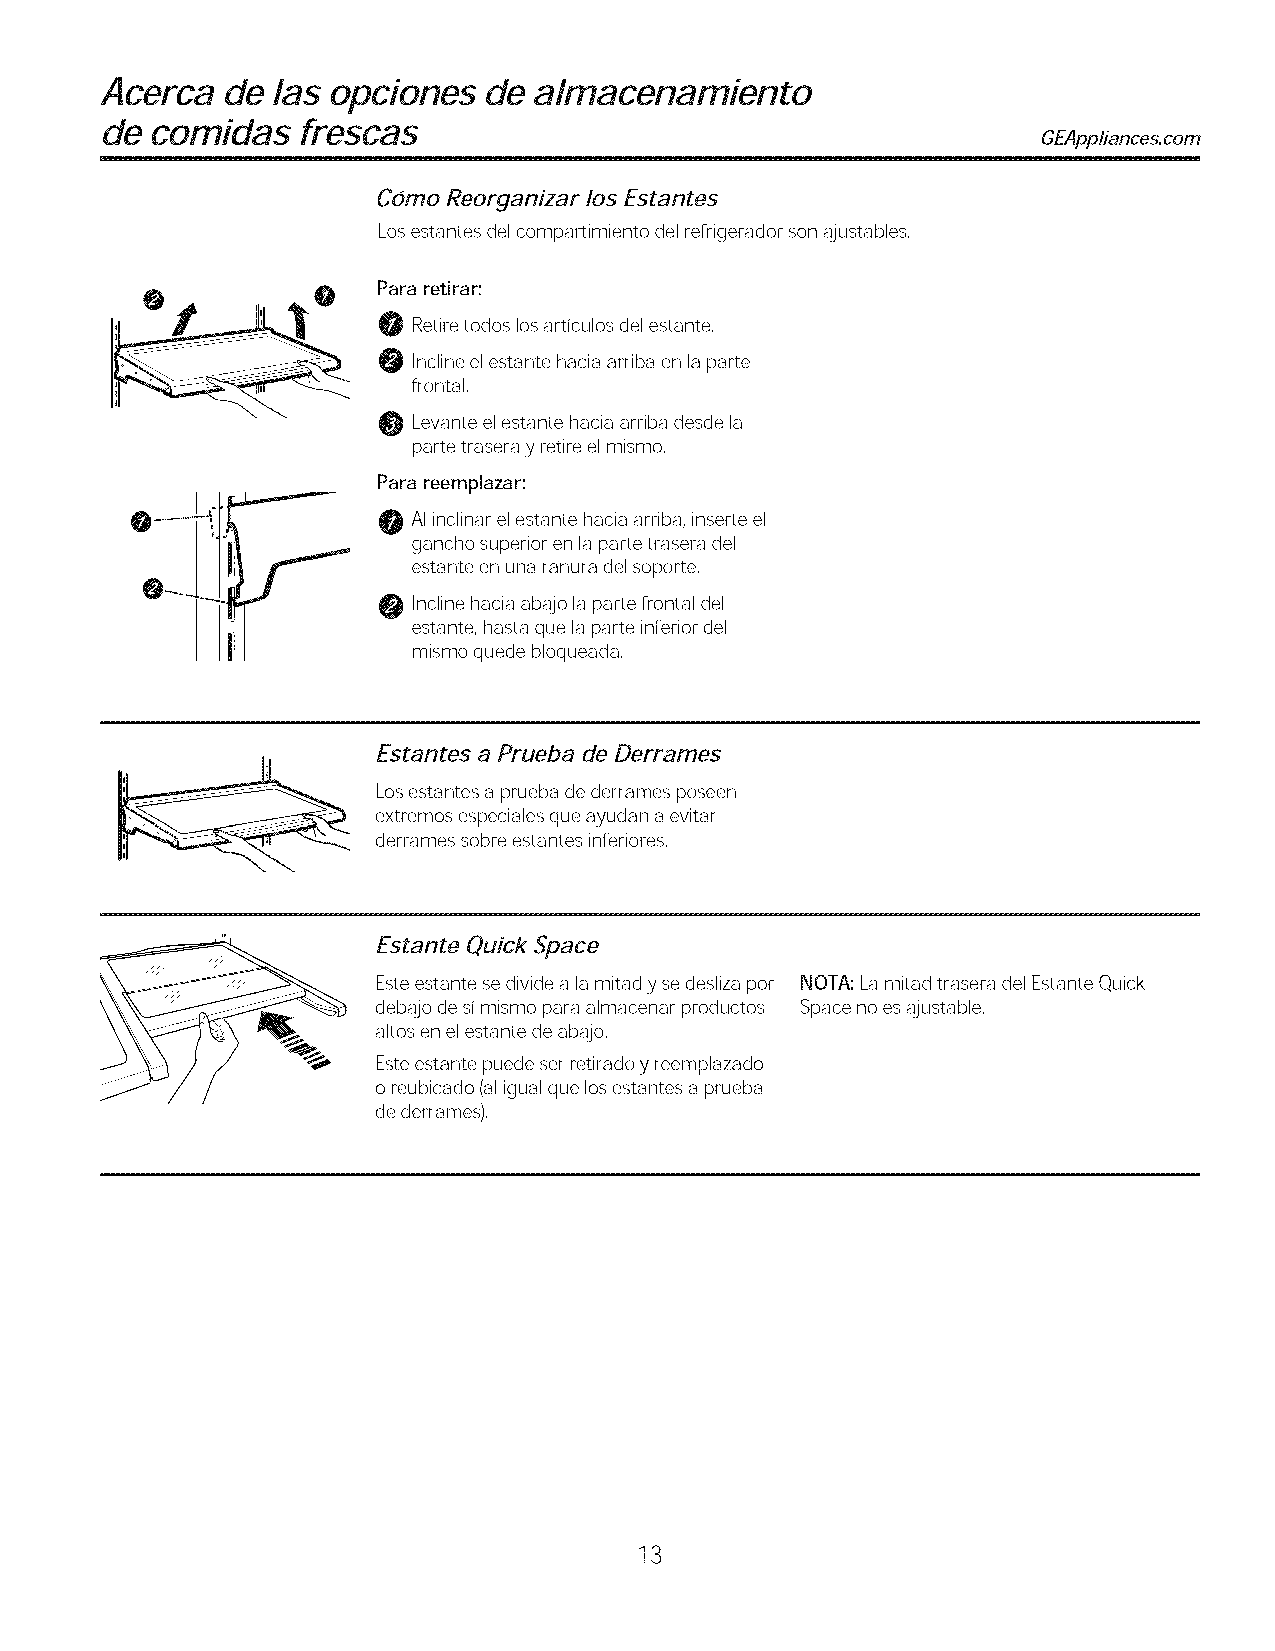
Acerca  de las opciones  de almacenamiento
 de comidas   frescas
 GEAppliances.com
 Cdmo Reorganizar los Estantes
 Los estantes del compartimiento del refrigerador son ajustables,
 Para retirar:
 0 Retiretodos losarticulos del estante,
 Incline elestante hacia arriba en laparte
 frontal,
 Levante elestante hacia arriba desde la
 parte trasera yretire elmismo,
 Para reemplazar:
 1                AIinclinar elestante hacia arriba, inserte el
 gancho superior en laparte trasera del
 estante en una ranura del soporte,
 Incline hacia abajo laparte frontal del
 estante, basra que la parte inferior del
 mismo quede bloqueada,
 Estantes a Prueba de Derrames
 Los estantes a prueba de derrames poseen
 extremos especiales que ayudan aevitar
 derrames sobre estantes inferiores,
 Estante Quick Space
 Esteestante se divide a lamitad y sedesliza por NOTA:LamitadtraseradelEstanteQuick
 debajo de si mismo para almacenar productos Spacenoesajustable,
 altos en elestante de abajo,
 Esteestante puede ser retirado y reemplazado
 o reubicado (aligual que losestantes a prueba
 de derrames),
 13